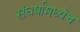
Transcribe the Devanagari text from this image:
संघर्षामध्येच